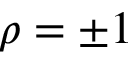
\rho = \pm 1